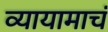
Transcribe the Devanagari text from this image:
व्यायामाचं